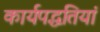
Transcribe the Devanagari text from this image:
कार्यपद्धतियां